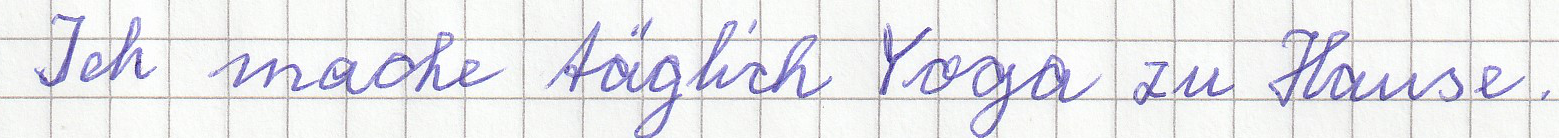
Ich mache täglich Yoga zu Hause.